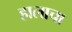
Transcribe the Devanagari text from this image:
हालाचा